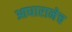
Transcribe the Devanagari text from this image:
आधारानेच